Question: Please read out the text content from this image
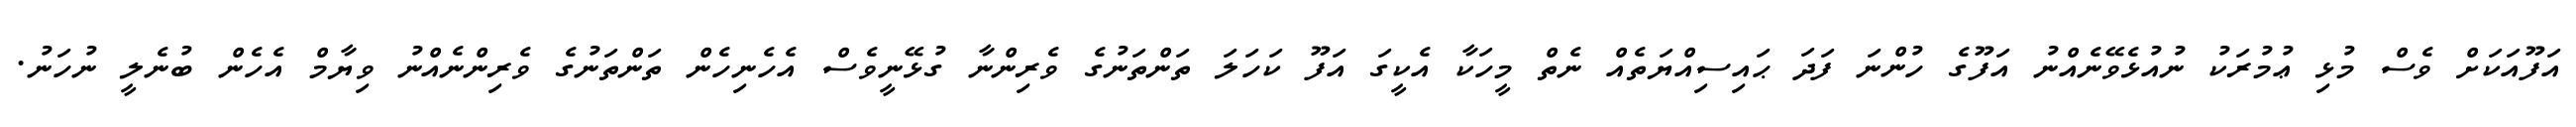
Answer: އަފޫއަކަށް ވެސް މުޅި ޢުމުރަކު ނުއުޅެވޭނެއްނު އަފޫގެ ހުންނަ ފަދަ ޙައިސިއްޔަތެއް ނެތް މީހަކާ އެކީގަ އަފޫ ކަހަލަ ތަންތަނުގެ ވެރިންނާ ގުޅޭނީވެސް އެހެނިހެން ތަންތަނުގެ ވެރިންނެއްނު ވިޔާމް އެހެން ބުނެލީ ނުހަނު.